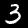
Label: 3